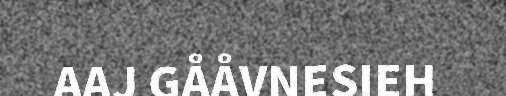
AAJ GÅÅVNESIEH